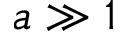
a \gg 1